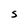
Character: S